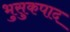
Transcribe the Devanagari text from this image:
भुसुकपाद